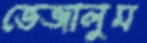
ভেজালুম